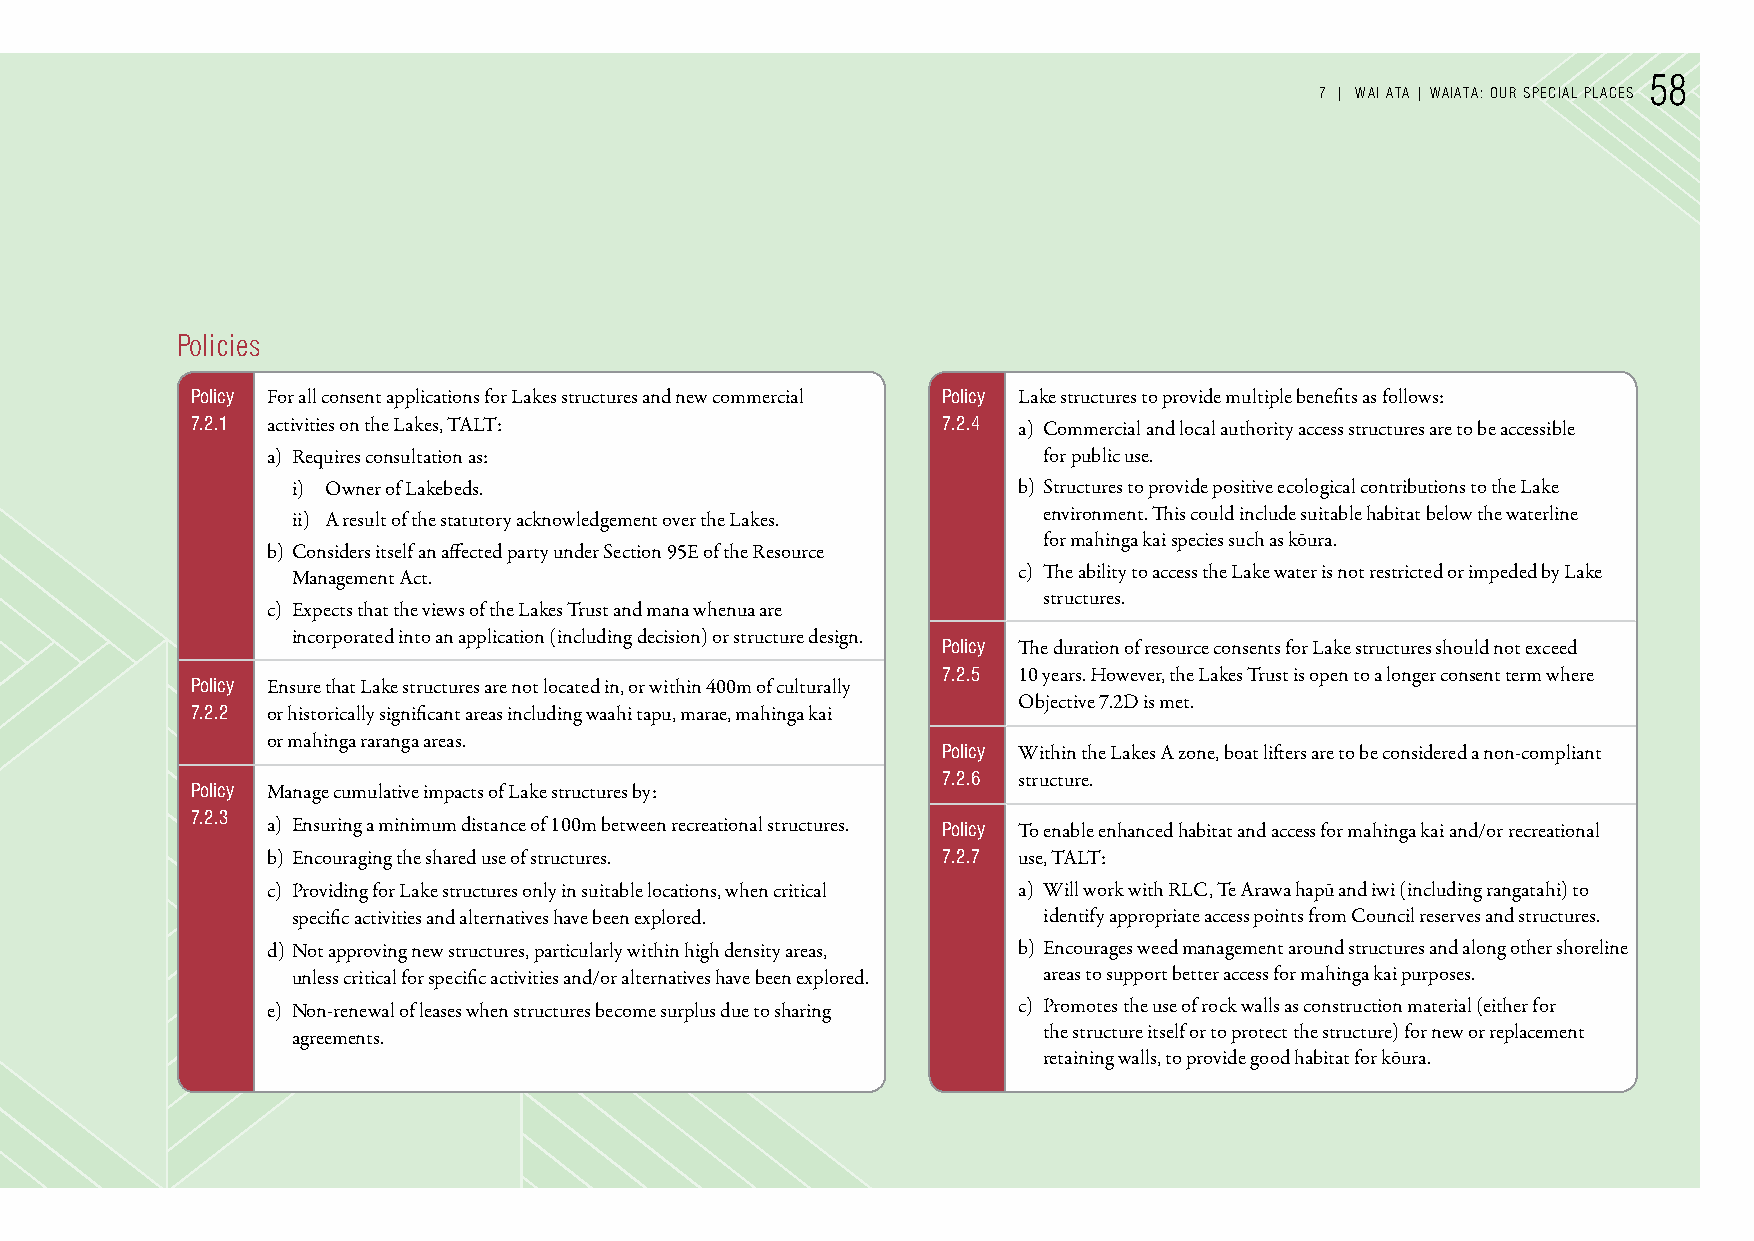
58
 7 | WAI ATA | WAIATA: our sPeCIAL PLACes
 Policies
 Policy For all consent applications for Lakes structures and new commercial Policy Lake structures to provide multiple benefits as follows:
 7.2.1 activities on the Lakes, TALT:             7.2.4 a) Commercial and local authority access structures are to be accessible
 a) Requires consultation as:                       for public use.
 i) Owner of Lakebeds.                           b) Structures to provide positive ecological contributions to the Lake
 environment. This could include suitable habitat below the waterline
 ii) A result of the statutory acknowledgement over the Lakes.
 for mahinga kai species such as kōura.
 b) Considers itself an affected party under Section 95E of the Resource
 c) The ability to access the Lake water is not restricted or impeded by Lake
 Management Act.
 structures.
 c) Expects that the views of the Lakes Trust and mana whenua are
 incorporated into an application (including decision) or structure design.
 Policy The duration of resource consents for Lake structures should not exceed
 7.2.5 10 years. However, the Lakes Trust is open to a longer consent term where
 Policy Ensure that Lake structures are not located in, or within 400m of culturally
 Objective 7.2D is met.
 7.2.2 or historically significant areas including waahi tapu, marae, mahinga kai
 or mahinga raranga areas.
 Policy Within the Lakes A zone, boat lifters are to be considered a non-compliant
 7.2.6 structure.
 Policy Manage cumulative impacts of Lake structures by:
 7.2.3
 a) Ensuring a minimum distance of 100m between recreational structures. Policy To enable enhanced habitat and access for mahinga kai and/or recreational
 b) Encouraging the shared use of structures. 7.2.7 use, TALT:
 c) Providing for Lake structures only in suitable locations, when critical a) Will work with RLC, Te Arawa hapū and iwi (including rangatahi) to
 specific activities and alternatives have been explored. identify appropriate access points from Council reserves and structures.
 d) Not approving new structures, particularly within high density areas, b) Encourages weed management around structures and along other shoreline
 unless critical for specific activities and/or alternatives have been explored. areas to support better access for mahinga kai purposes.
 e) Non-renewal of leases when structures become surplus due to sharing c) Promotes the use of rock walls as construction material (either for
 the structure itself or to protect the structure) for new or replacement
 agreements.
 retaining walls, to provide good habitat for kōura.